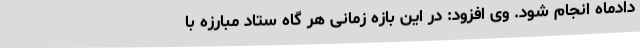
دادماه انجام شود. وی افزود: در این بازه زمانی هر گاه ستاد مبارزه با